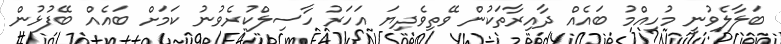
ބަލާލެވުނީ މުހިއްމު ބައެއް ދާއިރާތަކުން ވޭތިވެދިޔަ އަހަރު ހާސިލްކުރެވުނު ކަމަށް ބައެއް ބޭފުޅުން